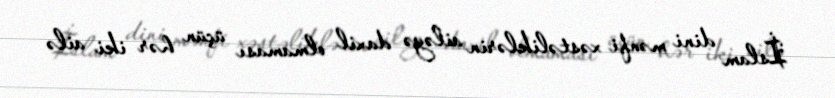
İslam dini mənfi xəstəliklərin ailəyə daxil olmaması üçün hər iki ailə